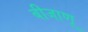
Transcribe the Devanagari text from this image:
बीजाणू